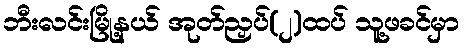
ဘီးလင်းမြို့နယ် အုတ်ညှပ်(၂)ထပ် သူ့ဖခင်မှာ